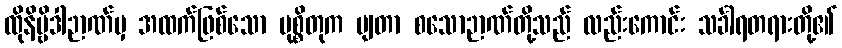
ထိုနိဗ္ဗိဒါဉာဏ်မှ အထက်ဖြစ်သော မုစ္စိတုက မျတာ စသောဉာဏ်တို့သည် လည်းကောင်း သင်္ခါရတရားတို့၏